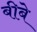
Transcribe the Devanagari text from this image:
बीबे